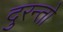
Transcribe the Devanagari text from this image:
दुरन्तो